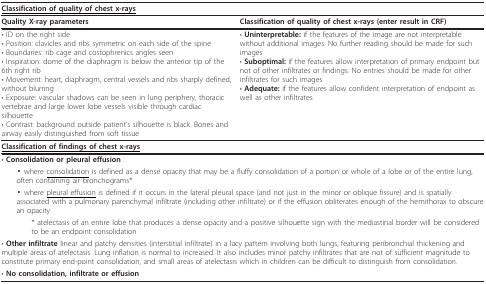
<table><thead><tr><td colspan="2"><b><underline>Classification of quality of chest x-rays</underline></b></td></tr></thead><tbody><tr><td><b>Quality X-ray parameters</b></td><td><b>Classification of quality of chest x-rays (enter result in CRF)</b></td></tr><tr><td>• ID on the right side• Position: clavicles and ribs symmetric on each side of the spine• Boundaries: rib cage and costophrenics angles seen• Inspiration: dome of the diaphragm is below the anterior tip of the 6th right rib• Movement: heart, diaphragm, central vessels and ribs sharply defined, without blurring• Exposure: vascular shadows can be seen in lung periphery, thoracic vertebrae and large lower lobe vessels visible through cardiac silhouette• Contrast: background outside patient&#x27;s silhouette is black. Bones and airway easily distinguished from soft tissue</td><td>• <b>Uninterpretable: </b>if the features of the image are not interpretable without additional images. No further reading should be made for such images• <b>Suboptimal: </b>if the features allow interpretation of primary endpoint but not of other infiltrates or findings. No entries should be made for other infiltrates for such images• <b>Adequate: </b>if the features allow confident interpretation of endpoint as well as other infiltrates</td></tr><tr><td colspan="2"><b><underline>Classification of findings of chest x-rays</underline></b></td></tr><tr><td colspan="2">• <b>Consolidation or pleural effusion </b>:</td></tr><tr><td colspan="2"> ▪ where <underline>consolidation</underline> is defined as a dense opacity that may be a fluffy consolidation of a portion or whole of a lobe or of the entire lung, often containing air bronchograms*</td></tr><tr><td colspan="2"> ▪ where <underline>pleural effusion</underline> is defined if it occurs in the lateral pleural space (and not just in the minor or oblique fissure) and is spatially associated with a pulmonary parenchymal infiltrate (including other infiltrate) or if the effusion obliterates enough of the hemithorax to obscure an opacity</td></tr><tr><td colspan="2">* atelectasis of an entire lobe that produces a dense opacity and a positive silhouette sign with the mediastinal border will be considered to be an endpoint consolidation</td></tr><tr><td colspan="2">• <b>Other infiltrate </b>linear and patchy densities (interstitial infiltrate) in a lacy pattern involving both lungs, featuring peribronchial thickening and multiple areas of atelectasis. Lung inflation is normal to increased. It also includes minor patchy infiltrates that are not of sufficient magnitude to constitute primary end-point consolidation, and small areas of atelectasis which in children can be difficult to distinguish from consolidation.</td></tr><tr><td colspan="2">• <b>No consolidation, infiltrate or effusion</b></td></tr></tbody></table>